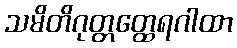
သမိတိဂုတ္တတ္ထေရဂါထာ